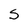
Character: S